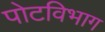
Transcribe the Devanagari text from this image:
पोटविभाग